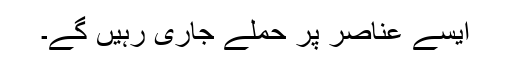
ایسے عناصر پر حملے جاری رہیں گے۔